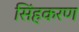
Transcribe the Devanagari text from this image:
सिंहकरण